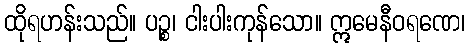
ထိုရဟန်းသည်။ ပဉ္စ၊ ငါးပါးကုန်သော။ ဣမေနီဝရဏေ၊